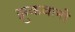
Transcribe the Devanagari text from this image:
झुकवली